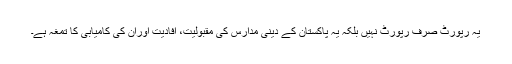
یہ رپورٹ صرف رپورٹ نہیں بلکہ یہ پاکستان کے دینی مدارس کی مقبولیت، افادیت اوران کی کامیابی کا تمغہ ہے۔